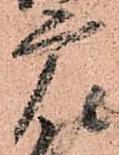
广